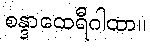
စန္ဒာထေရီဂါထာ။